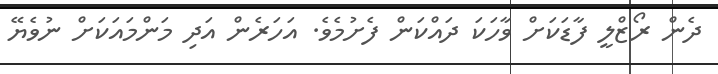
ދެން ރޯޒްލީ ފާޑަކަށް ވާހަކަ ދައްކަން ފެށުމެވެ. އަހަރެން އަދި މަންމައަކަށް ނުވެޔޭ